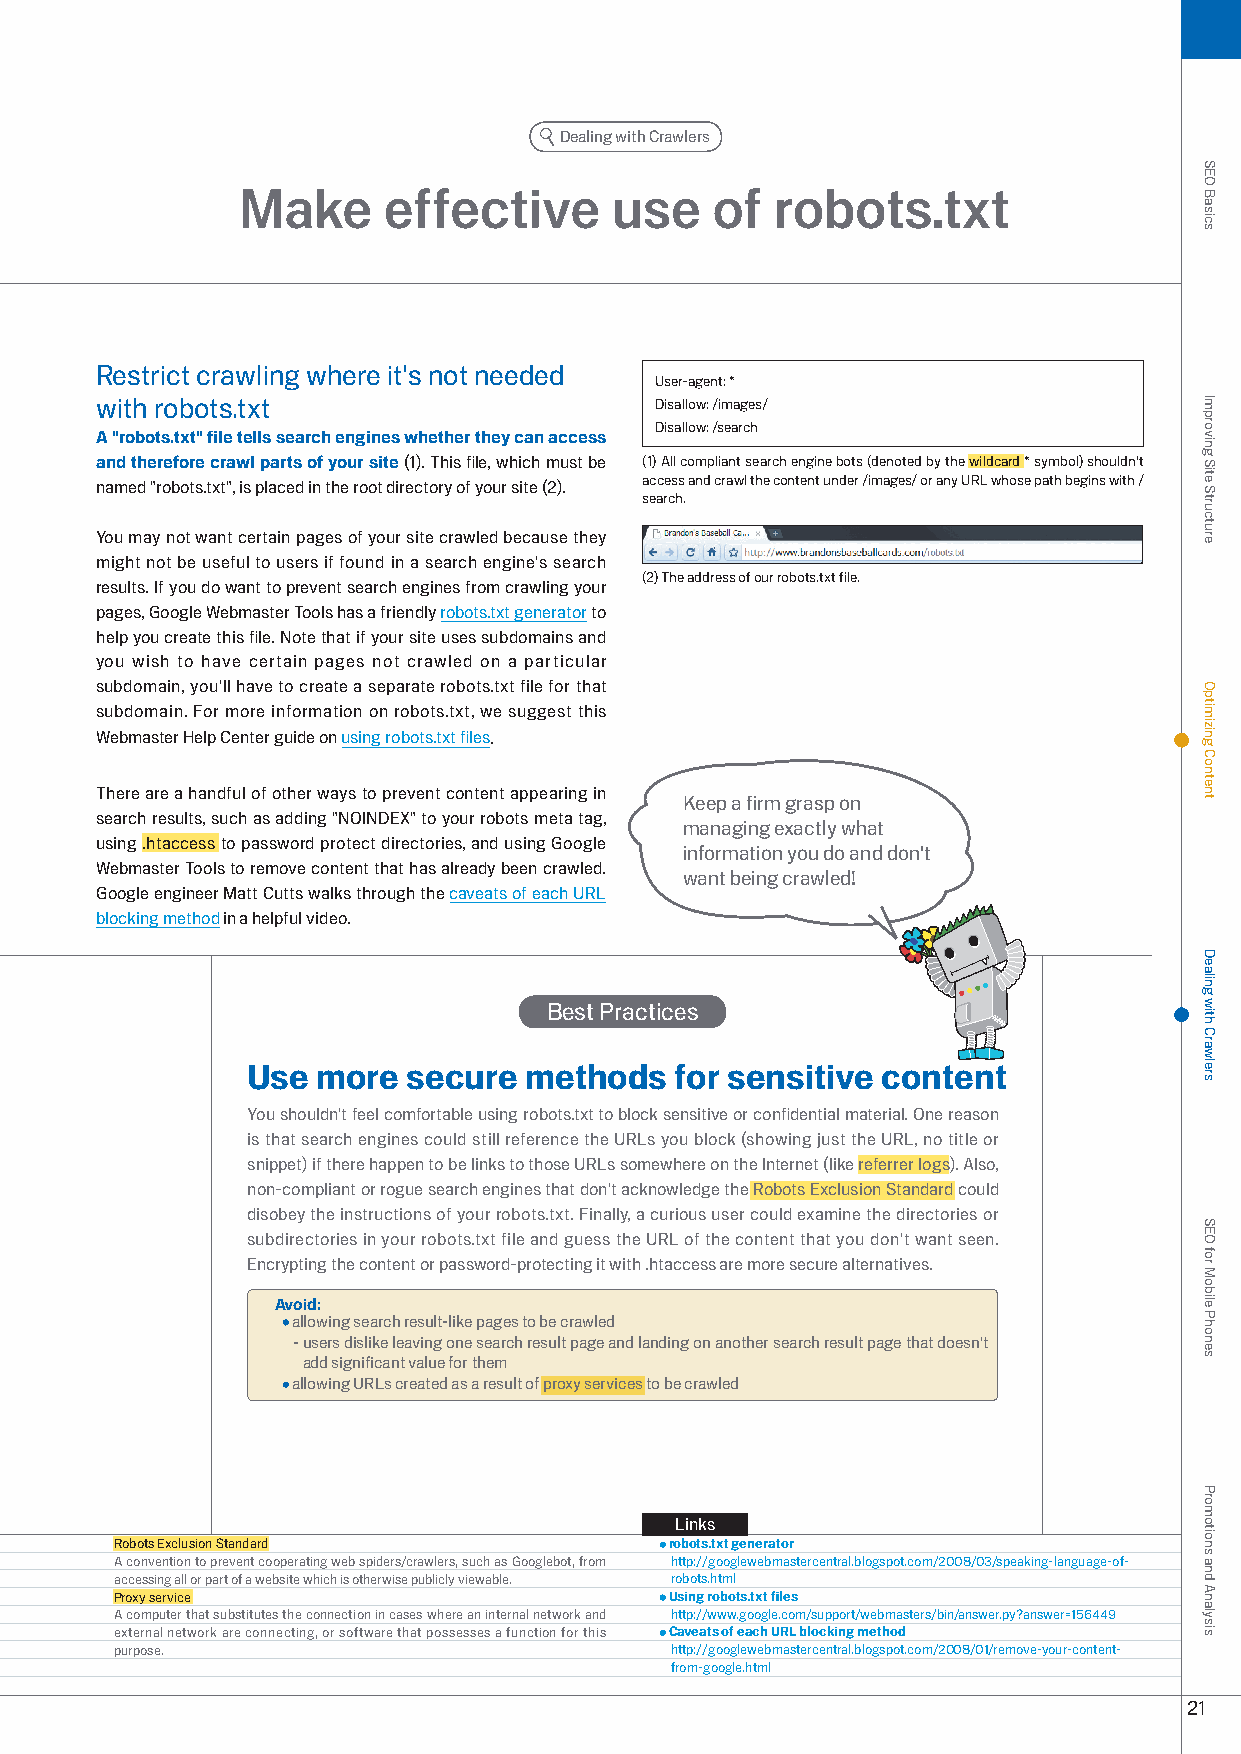
Dealing with Crawlers
 Make     effective      use    of  robots.txt
 Restrict crawling where it's not needed
 User-agent: *
 with robots.txt                      Disallow: /images/
 Disallow: /search
 A "robots.txt" file tells search engines whether they can access
 and therefore crawl parts of your site (1). This file, which must be (1) All compliant search engine bots (denoted by the wildcard * symbol) shouldn't
 named "robots.txt", is placed in the root directory of your site (). access and crawl the content under /images/ or any URL whose path begins with /
 search.
 You may not want certain pages of your site crawled because they
 might not be useful to users if found in a search engine's search
 () The address of our robots.txt file.
 results. If you do want to prevent search engines from crawling your
 pages, Google Webmaster Tools has a friendly robots.txt generator to
 help you create this file. Note that if your site uses subdomains and
 you wish to have certain pages not crawled on a particular
 subdomain, you'll have to create a separate robots.txt file for that
 subdomain. For more information on robots.txt, we suggest this
 Webmaster Help Center guide on using robots.txt files.
 There are a handful of other ways to prevent content appearing in
 Keep a firm grasp on
 search results, such as adding "NOINDEX" to your robots meta tag,
 managing exactly what
 using .htaccess to password protect directories, and using Google
 information you do and don't
 Webmaster Tools to remove content that has already been crawled.
 want being crawled!
 Google engineer Matt Cutts walks through the caveats of each URL
 blocking method in a helpful video.
 Best Practices
 Use  more  secure  methods   for sensitive content
 You shouldn't feel comfortable using robots.txt to block sensitive or confidential material. One reason
 is that search engines could still reference the URLs you block (showing just the URL, no title or
 snippet) if there happen to be links to those URLs somewhere on the Internet (like referrer logs). Also,
 non-compliant or rogue search engines that don't acknowledge the Robots Exclusion Standard could
 disobey the instructions of your robots.txt. Finally, a curious user could examine the directories or
 subdirectories in your robots.txt file and guess the URL of the content that you don't want seen.
 Encrypting the content or password-protecting it with .htaccess are more secure alternatives.
 Avoid:
 allowing search result-like pages to be crawled
 - users dislike leaving one search result page and landing on another search result page that doesn't
 add significant value for them
 allowing URLs created as a result of proxy services to be crawled
 Links
 Robots Exclusion Standard           robots.txt generator
 A convention to prevent cooperating web spiders/crawlers, such as Googlebot, from h ttp://googlewebmastercentral.blogspot.com/008/0/speaking-language-of-
 accessing all or part of a website which is otherwise publicly viewable. robots.html
 Proxy service                       Using robots.txt files
 A computer that substitutes the connection in cases where an internal network and http://www.google.com/support/webmasters/bin/answer.py?answer=156449
 external network are connecting, or software that possesses a function for this Caveats of each URL blocking method
 purpose.                            http://googlewebmastercentral.blogspot.com/008/01/remove-your-content-
 from-google.html
 1
 SEO
 Basics
 Improving
 Site
 Structure
 Optimizing
 Content
 Dealing
 with
 Crawlers
 SEO
 for
 Mobile
 Phones
 Promotions
 and
 Analysis